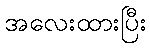
အလေးထားပြီး